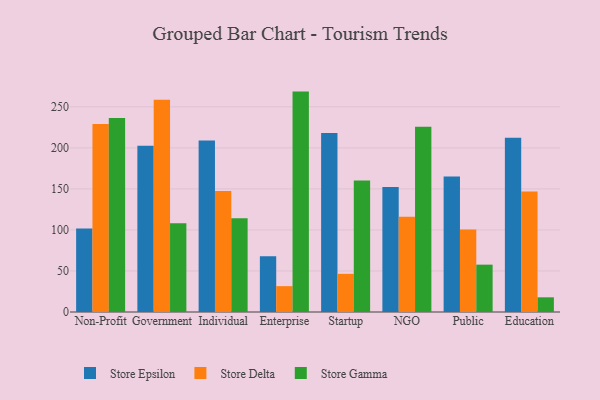
{"axis": {"x": "Segment", "y": "Budget (USD K)"}, "legend": ["Store Delta", "Store Epsilon", "Store Gamma"], "data": [{"x": "Non-Profit", "y": 101.7, "type": "Store Epsilon"}, {"x": "Non-Profit", "y": 229.0, "type": "Store Delta"}, {"x": "Non-Profit", "y": 236.5, "type": "Store Gamma"}, {"x": "Government", "y": 202.5, "type": "Store Epsilon"}, {"x": "Government", "y": 258.7, "type": "Store Delta"}, {"x": "Government", "y": 108.3, "type": "Store Gamma"}, {"x": "Individual", "y": 209.1, "type": "Store Epsilon"}, {"x": "Individual", "y": 147.6, "type": "Store Delta"}, {"x": "Individual", "y": 114.3, "type": "Store Gamma"}, {"x": "Enterprise", "y": 67.9, "type": "Store Epsilon"}, {"x": "Enterprise", "y": 31.5, "type": "Store Delta"}, {"x": "Enterprise", "y": 268.6, "type": "Store Gamma"}, {"x": "Startup", "y": 218.0, "type": "Store Epsilon"}, {"x": "Startup", "y": 46.5, "type": "Store Delta"}, {"x": "Startup", "y": 160.3, "type": "Store Gamma"}, {"x": "NGO", "y": 152.2, "type": "Store Epsilon"}, {"x": "NGO", "y": 116.0, "type": "Store Delta"}, {"x": "NGO", "y": 225.7, "type": "Store Gamma"}, {"x": "Public", "y": 165.2, "type": "Store Epsilon"}, {"x": "Public", "y": 100.5, "type": "Store Delta"}, {"x": "Public", "y": 57.7, "type": "Store Gamma"}, {"x": "Education", "y": 212.5, "type": "Store Epsilon"}, {"x": "Education", "y": 147.0, "type": "Store Delta"}, {"x": "Education", "y": 17.9, "type": "Store Gamma"}]}